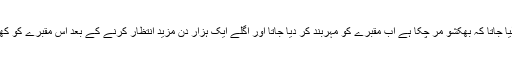
اور پھر جب گھنٹی کی آواز آنا بند ہوجاتی تو یہ سمجھ لیا جاتا کہ بھکشو مر چکا ہے اب مقبرے کو مہربند کر دیا جاتا اور اگلے ایک ہزار دن مزید انتظار کرنے کے بعد اس مقبرے کو کھول کر بھکشو کے ممی بن جانے کی تصدیق کی جاتی۔